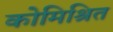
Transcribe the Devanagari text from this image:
कोमिश्रित